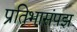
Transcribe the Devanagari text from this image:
प्रतिभासंपझ